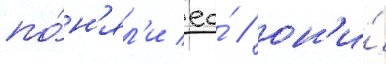
по́н'ял'и ео́ / он'и́